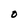
Character: o